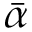
\bar { \alpha }